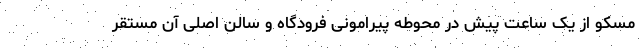
مسکو از یک ساعت پیش در محوطه پیرامونی فرودگاه و سالن اصلی آن مستقر